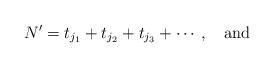
LaTeX: \begin{align*} N' = t_{j_1} + t_{j_2} + t_{j_3} + \cdots , ~~\mbox{ and }\end{align*}